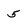
Character: 5